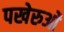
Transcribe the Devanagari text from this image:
पखेरुओं